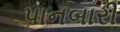
પાનબારી